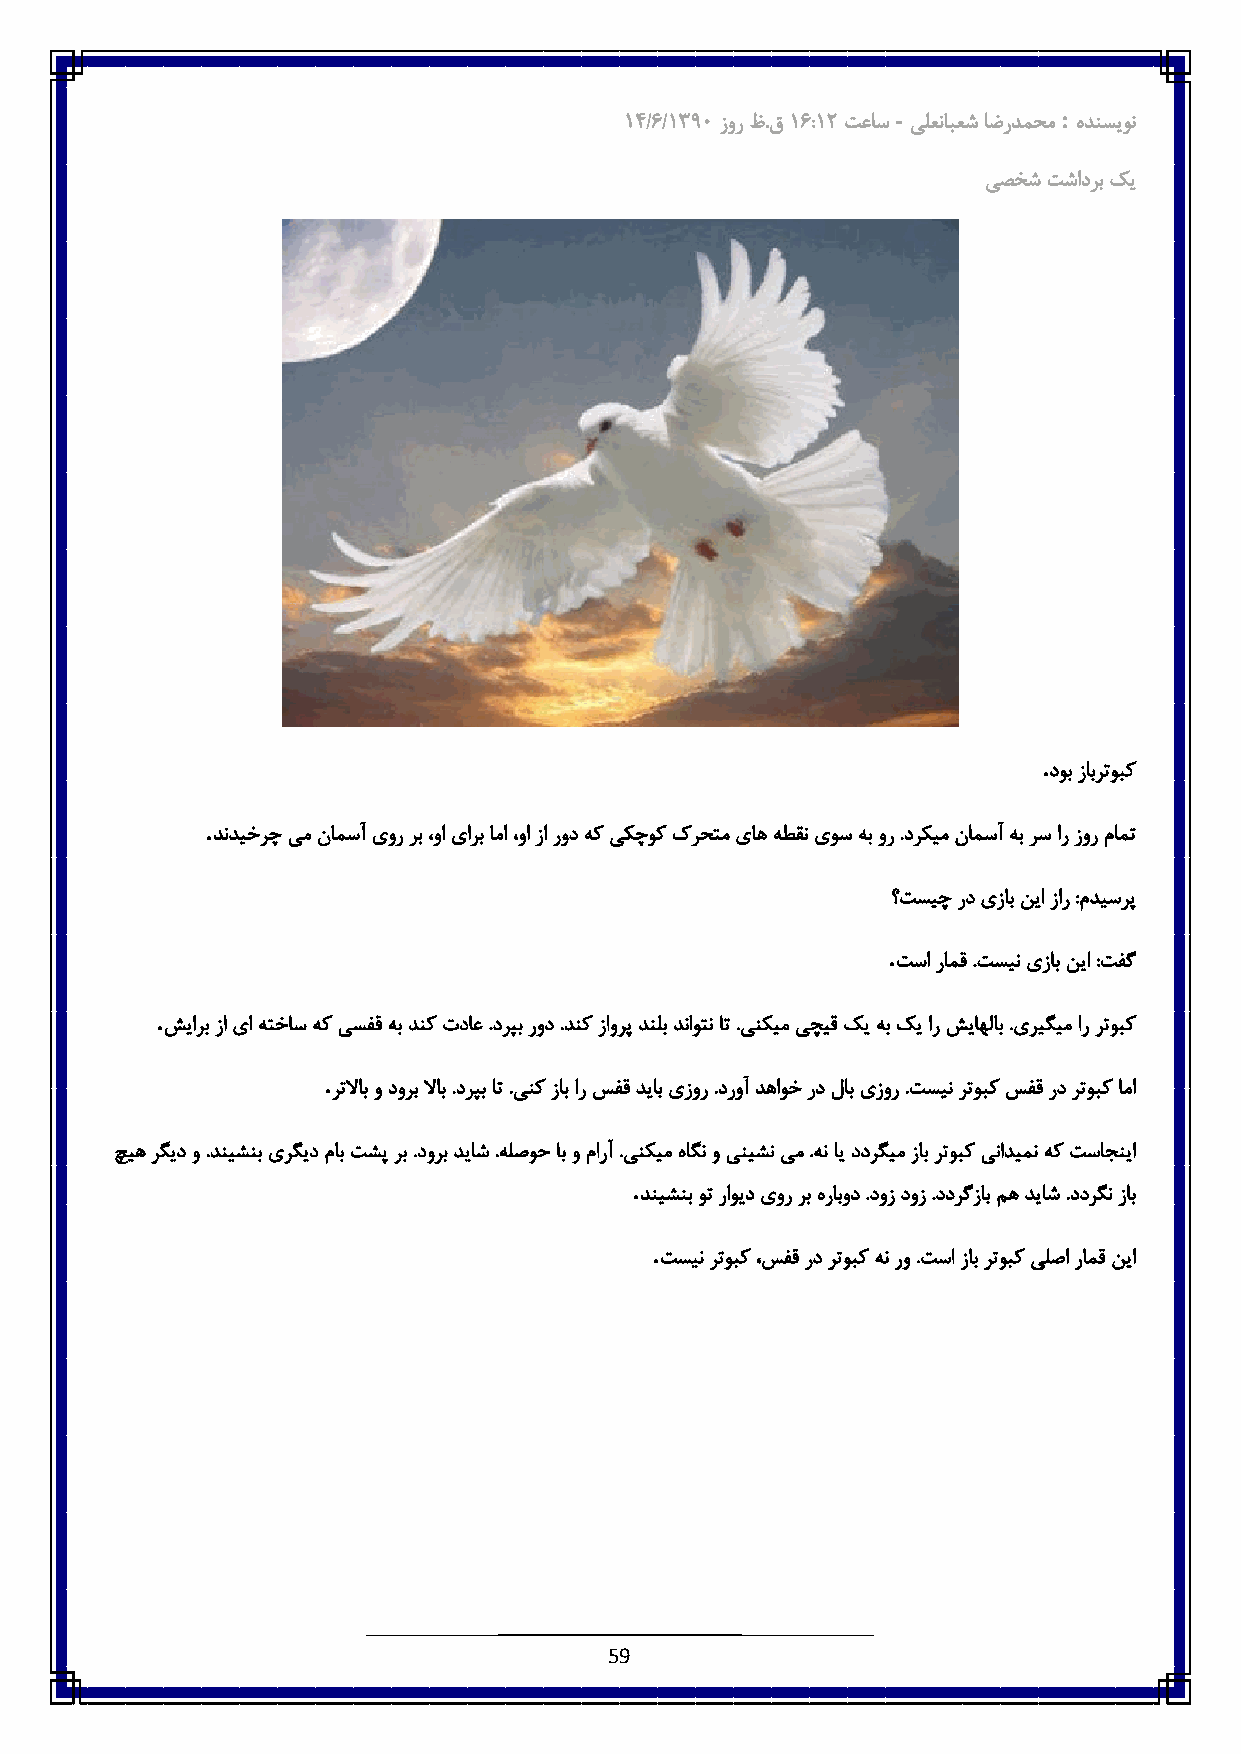
-          :
 6٠/1/683٥ زور ظ.ق6 1:6: تعاس یلعنابعش اضردمحم هدنسیون
 یصخش تشادرب کی
 .
 دوب زابرتوبک
 .
 دندیخرچ یم نامسآ یور رب ،وا یارب اما ،وا زا رود هک یکچوک کرحتم یاه هطقن یوس هب ور .درکیم نامسآ هب رس ار زور مامت
 ؟تسیچ رد یزاب نیا زار :مدیسرپ
 .
 تسا رامق .تسین یزاب نیا :تفگ
 .
 شیارب زا یا هتخاس هک یسفق هب دنک تداع .درپب رود .دنک زاورپ دنلب دناوتن ات .ینکیم یچیق کی هب کی ار شیاهلاب .یریگیم ار رتوبک
 .
 رتلااب و دورب لااب .درپب ات .ینک زاب ار سفق دیاب یزور .دروآ دهاوخ رد لاب یزور .تسین رتوبک سفق رد رتوبک اما
 چیه رگید و .دنیشنب یرگید ماب تشپ رب .دورب دیاش .هلصوح اب و مارآ .ینکیم هاگن و ینیشن یم .هن ای ددرگیم زاب رتوبک ینادیمن هک تساجنیا
 .
 دنیشنب وت راوید یور رب هرابود .دوز دوز .ددرگزاب مه دیاش .ددرگن زاب
 .
 تسین رتوبک ،سفق رد رتوبک هن رو .تسا زاب رتوبک یلصا رامق نیا
 59